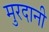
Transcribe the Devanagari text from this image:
मुरदानी